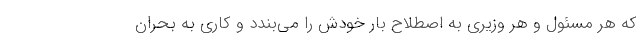
که هر مسئول و هر وزیری به اصطلاح بار خودش را می‌بندد و کاری به بحران